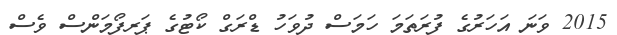
2015 ވަނަ އަހަރުގެ ފުރަތަމަ ހަމަސް ދުވަހު ޑްރަގް ކޯޓުގެ ޕަރފޯމަންސް ވެސް